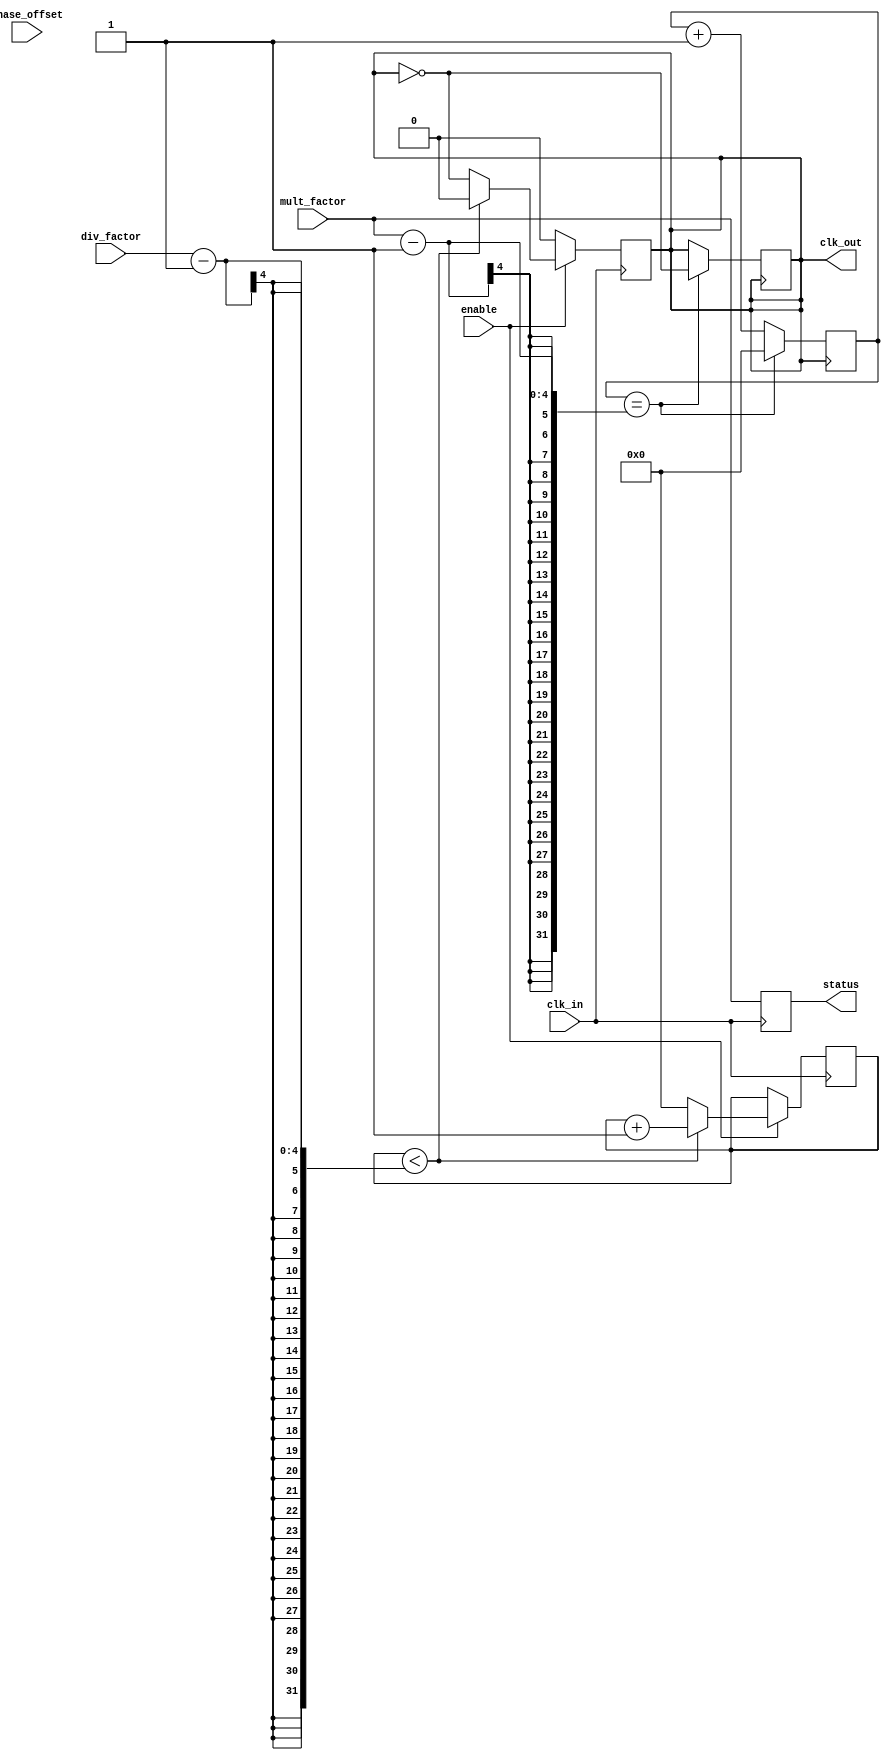
module programmable_clock_buffer (
    input wire clk_in,                 // Input clock signal
    input wire [3:0] div_factor,       // Division factor for frequency division
    input wire [3:0] mult_factor,      // Multiplication factor for frequency multiplication
    input wire [2:0] phase_offset,     // Phase adjustment (in clock cycles)
    input wire enable,                 // Enable control for clock output
    output reg clk_out,                // Output clock signal
    output reg [3:0] status            // Status indicators
);

    reg [31:0] counter;                // Counter for frequency division
    reg [31:0] phase_counter;          // Counter for phase adjustment
    reg [31:0] mult_counter;           // Counter for frequency multiplication

    // Frequency division logic
    always @(posedge clk_in) begin
        if (enable) begin
            if (counter < (div_factor - 1)) begin
                counter <= counter + 1;
                clk_out <= 0;           // Keep the clock low when counting
            end else begin
                counter <= 0;
                clk_out <= ~clk_out;    // Toggle clock output
            end
        end else begin
            clk_out <= 0;               // Disable clock output when enable is low
        end
    end

    // Phase adjustment logic
    always @(posedge clk_out) begin
        if (phase_offset > 0) begin
            phase_counter <= (phase_counter + 1) % phase_offset;
            if (phase_counter == 0) begin
                // Functionality for phase adjustment can be added here
                // In reality, this would likely require additional clock gating or multiplexing.
            end
        end
    end

    // Multiplication logic (assuming simple toggle for simplicity)
    always @(posedge clk_out) begin
        mult_counter <= (mult_counter + 1);
        if (mult_counter == (mult_factor - 1)) begin
            mult_counter <= 0;
            clk_out <= ~clk_out;        // Toggles for multiplication
        end
    end

    // Status Updates
    always @(posedge clk_in) begin
        status <= {enable, div_factor, mult_factor}; // Update status indicators
    end

endmodule